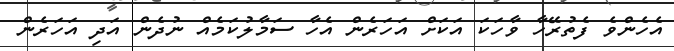
އެހެންވެ ފެތުރޭހާ ވާހަކަ އަކަށް އަހަރެން އެހާ ސަމާލުކަމެއް ނުދެން އަދި އަހަރެން